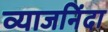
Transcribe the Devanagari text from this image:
व्याजनिंदा